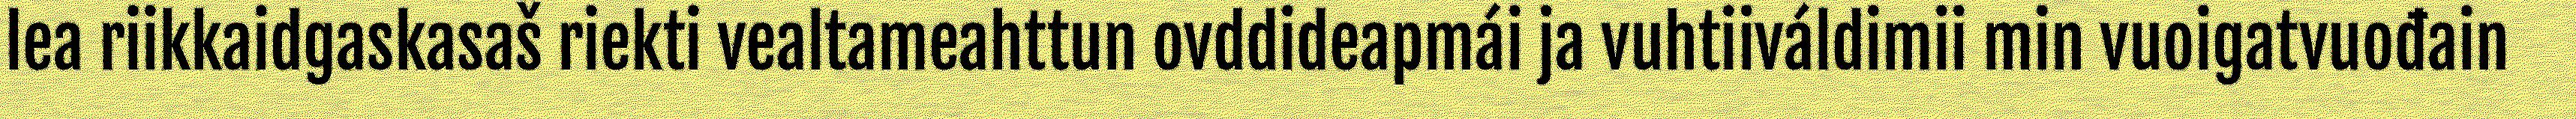
lea riikkaidgaskasaš riekti vealtameahttun ovddideapmái ja vuhtiiváldimii min vuoigatvuođain